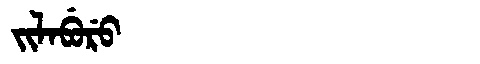
Manchu: ᠵᡳᠯᠠᠪᡠᡵᡠ
Romanization: JILABURU